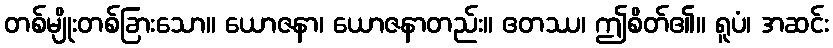
တစ်မျိုးတစ်ခြားသော။ ယောဇနာ၊ ယောဇနာတည်း။ ဧတဿ၊ ဤစိတ်၏။ ရူပံ၊ အဆင်း